[Report on the health of British troops in the Madras command]
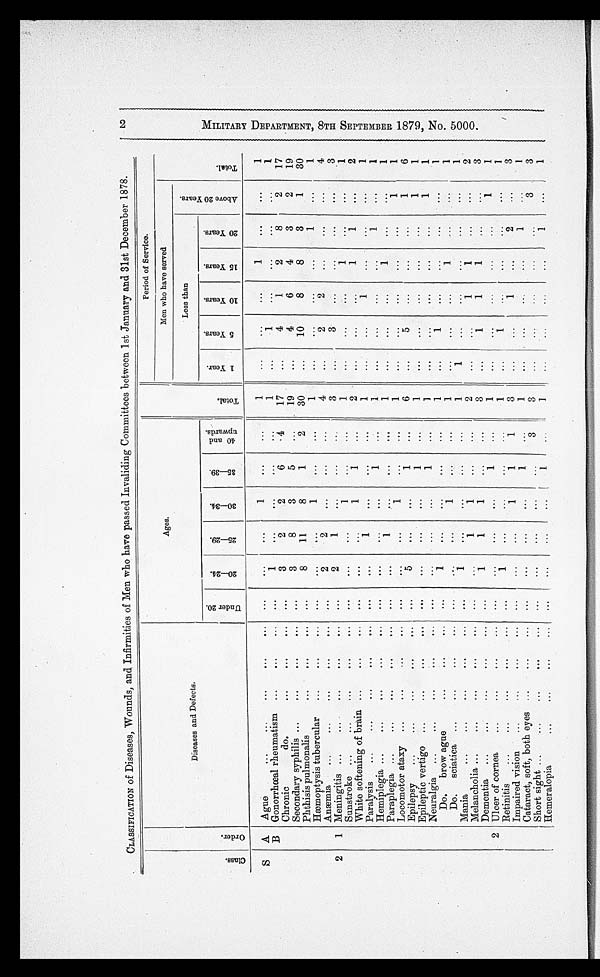
CLASSIFICATION of Diseases, Wounds, and Infirmities of Men who have passed Invaliding Committees between 1st January and 31st December 1878.
C l a s s .
Or d e r
Diseases and Defects.
A g e s .
T o t a l .
Period of Service.
Men who have served
L e s s t h a n
A b o v e 2 0 Y e a r s .
T o t a l .
U n d e r 2 0 .
2 0 — 2 4 .
2 5 — 2 9 .
3 0 — 3 4 .
3 5 — 3 9 .
4 0 a n d u p w a r d s
.
1 Y e a r
.
5 Y e a r s .
1 0 Y e a r s .
1 5 Y e a r s .
2 0 Y e a r s .
S
A
Ague . . .
. . .
. . .
. . .
1
. . .
. . .
1
. . .
. . .
. . .
1
. . .
. . .
1
B Gonorrhœal rheumatism . . .
. . .
1
. . .
. . .
. . .
. . .
1
. . .
1
. . .
. . .
. . .
. . .
1
Chronic do. . . .
. . .
3
2
2
6
4
17
. . .
4
1
2
8
2
17
Secondary syphilis . . .
. . .
3
8
3
5
. . .
19
. . .
4
6
4
3
2
19
Phthisis pulmonalis . . .
. . .
8
11
8
1
2
30
. . .
10
8
8
3
1
30
Hæmoptysis tubercular . . .
. . .
. . .
. . .
1
. . .
. . .
1
. . .
. . .
. . .
. . .
1
. . .
1
Anæmia . . .
. . .
2
2
. . .
. . .
. . .
4
. . .
2
2
. . .
. . .
. . .
4
2
1 Meningitis . . .
. . .
2
1
. . .
. . .
. . .
3
. . .
3
. . .
. . .
. . .
. . .
3
Sunstroke . . .
. . .
. . .
. . .
1
. . .
. . .
1
. . .
. . .
. . .
1
. . .
. . .
1
White softening of brain . . .
. . .
. . .
. . .
1
1
. . .
2
. . .
. . .
. . .
1
1
. . .
2
Paralysis . . .
. . .
. . .
1
. . .
. . .
. . .
1
. . .
. . .
1
. . .
. . .
. . .
1
HemipIegia . . .
. . .
. . .
. . .
. . .
1
. . .
1
. . .
. . .
. . .
. . .
1
. . .
1
Paraplegia . . .
. . .
. . .
1
. . .
. . .
. . .
1
. . .
. . .
. . .
1
. . .
. . .
1
Locomotor ataxy . . .
. . .
. . .
. . .
1
. . .
. . .
1
. . .
. . .
. . .
. . .
. . .
1
1
Epilepsy . . .
. . .
5
. . .
. . .
1
. . .
6
. . .
5
. . .
. . .
. . .
1
6
Epileptic vertigo . . .
. . .
. . .
. . .
. . .
1
. . .
1
. . .
. . .
. . .
. . .
. . .
1
1
Neuralgia . . .
. . .
. . .
. . .
. . .
1
. . .
1
. . .
. . .
. . .
. . .
. . .
1
1
Do.
brow ague . . .
. . .
1
. . .
. . .
. . .
. . .
1
. . .
1
. . .
. . .
. . .
. . .
1
Do .
sciatica . . .
...
...
...
1
. . .
. . .
1
. . .
..
.
. . .
1
. . .
. . .
1
Mania . . .
. . .
1
. . .
. . .
. . .
. . .
1
1
. . .
. . .
. . .
. . .
. . .
1
Melancholia . . .
. . .
. . .
1
1
. . .
. . .
2
. . .
. . .
1
1
. . .
. . .
2
Dementia . . .
. . .
1
1
1
. . .
. . .
3
. . .
1
1
1
. . .
. . .
3
2 Ulcer of cornea . . .
. . .
. . .
. . .
. . .
1
. . .
1
. . .
. . .
. . .
. . .
. . .
1
1
Retinitis . . .
. . .
1
. . .
. . .
. . .
. . .
1
. . .
1
. . .
. . .
. . .
. . .
I
Impaired vision . . .
. . .
. . .
. . .
1
1
1
3
. . .
. . .
1
. . .
2
. . .
3
Cataract, soft, both eyes . . .
. . .
. . .
. . .
. . .
1
. . .
1
. . .
. . .
. . .
. . .
1
. . .
1
Short sight . . .
. . .
. . .
. . .
. . .
. . .
3
3
. . .
. . .
. . .
. . .
. . .
3
3
Hemeralopia . . .
. . .
. . .
. . .
. . .
1 . . .
1
. . .
. . .
. . .
. . .
1
. . .
1
2 M I L I T A R Y d E P A R T M E N T , 8 T H S E P T E M B E R 1 8 7 9 , N O . 5 0 0 0 .